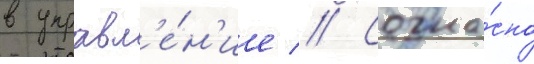
в управл'е́н'ие // Согла́сно